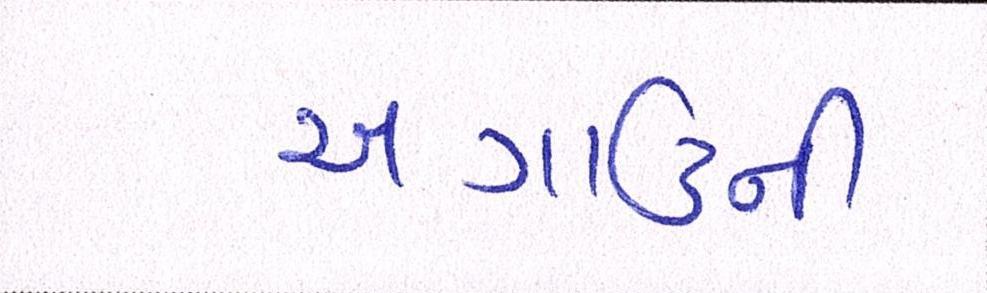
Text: અગાઉની